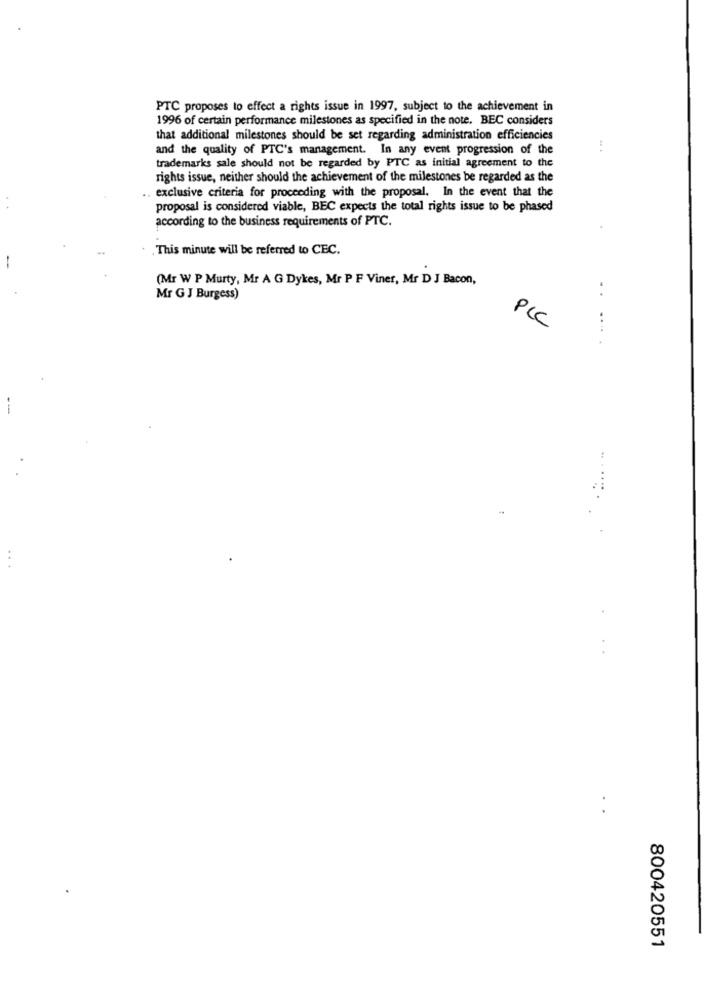
PTC proposes to effect a rights issue in 1997, subject to the achievement in
1996 of certain performance milestones as specified in the note. BEC considers
that additional milestones should be set regarding administration efficiencies
and the quality of PTC's management. In any event progression of the
trademarks sale should not be regarded by PTC as initial agreement to the
rights issue, neither should the achievement of the milestones be regarded as the
exclusive criteria for proceeding with the proposal. In the event that the
proposal is considered viable, BEC expects the total rights issue to be phased
according to the business requirements of PTC.
This minute will be referred to CEC.
(Mr W P Murty, Mr A G Dykes, Mr P F Viner, Mr D J Bacon,
Mr G J Burgess)
..
PCC
.....
. .
800420551